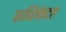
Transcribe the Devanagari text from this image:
कान्टिनेन्टल